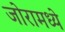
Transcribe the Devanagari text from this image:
जोरामध्ये